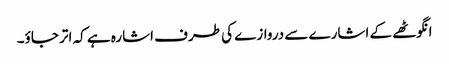
انگوٹھے کے اشارے سے دروازے کی طرف اشارہ ہے کہ اتر جاؤ۔